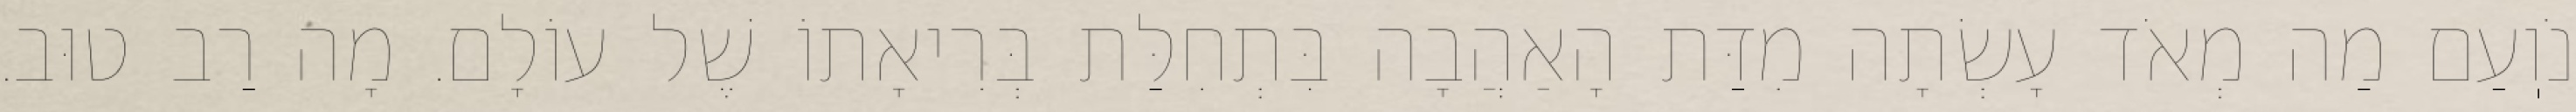
נֹוֽעַם מַה מְאֹד עָשְׂתָה מִדַּת הָאַהֲבָה בִּתְחִלַּת בְּרִיאָתוֹ שֶׁל עוֹלָם. מָה רַב טוּב.